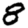
Digit: 8